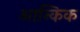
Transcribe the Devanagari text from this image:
आन्किक